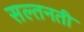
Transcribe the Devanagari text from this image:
सल्तनती